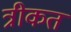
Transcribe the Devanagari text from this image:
त्रीकत